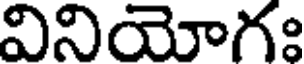
వినియోగః